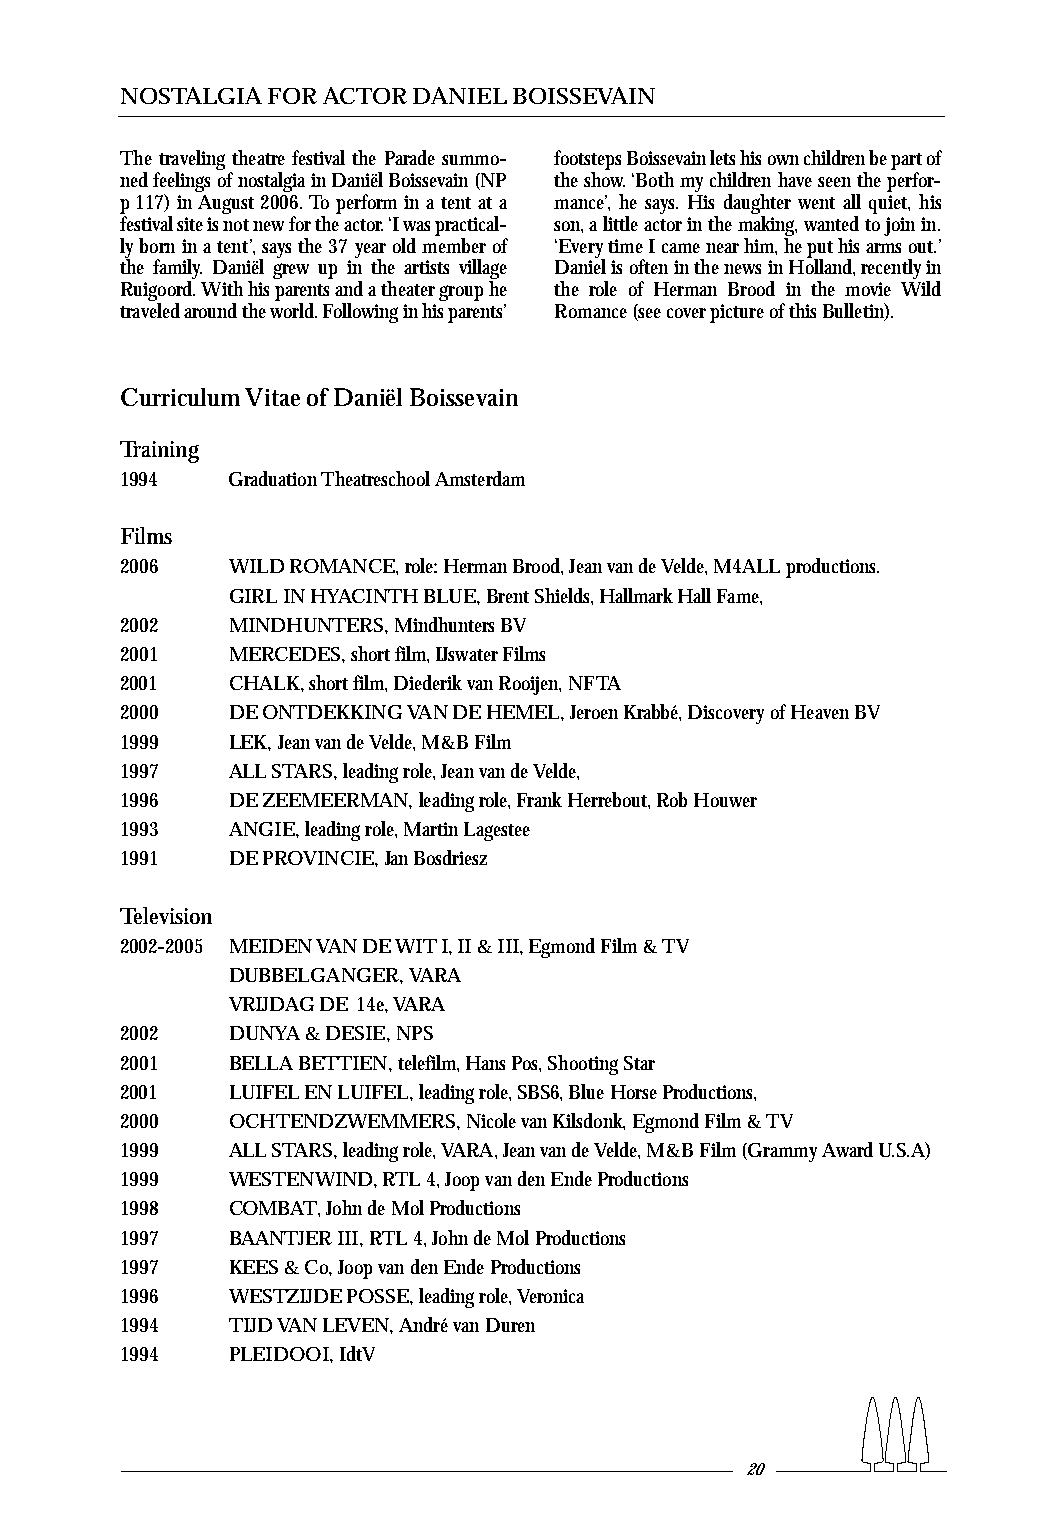
NOSTALGIA FOR ACTOR DANIEL BOISSEVAIN
 The traveling theatre festival the Parade summo- footsteps Boissevain lets his own children be part of
 ned feelings of nostalgia in Daniël Boissevain (NP the show.‘Both my children have seen the perfor-
 p 117) in August 2006.To perform in a tent at a mance’, he says. His daughter went all quiet, his
 festival site is not new for the actor.‘I was practical- son,a little actor in the making,wanted to join in.
 ly born in a tent’,says the 37 year old member of ‘Every time I came near him,he put his arms out.’
 the family. Daniël grew up in the artists village Daniel is often in the news in Holland,recently in
 Ruigoord.With his parents and a theater group he the role of Herman Brood in the movie Wild
 traveled around the world.Following in his parents’ Romance (see cover picture of this Bulletin).
 Curriculum Vitae of Daniël Boissevain
 Training
 1994   Graduation Theatreschool Amsterdam
 Films
 2006   WILD ROMANCE,role:Herman Brood,Jean van de Velde,M4ALL productions.
 GIRL IN HYACINTH BLUE,Brent Shields,Hallmark Hall Fame,
 2002   MINDHUNTERS,Mindhunters BV
 2001   MERCEDES,short film,IJswater Films
 2001   CHALK,short film,Diederik van Rooijen,NFTA
 2000   DE ONTDEKKING VAN DE HEMEL,Jeroen Krabbé,Discovery of Heaven BV
 1999   LEK,Jean van de Velde,M&B Film
 1997   ALL STARS,leading role,Jean van de Velde,
 1996   DE ZEEMEERMAN,leading role,Frank Herrebout,Rob Houwer
 1993   ANGIE,leading role,Martin Lagestee
 1991   DE PROVINCIE,Jan Bosdriesz
 Television
 2002-2005 MEIDEN VAN DE WIT I,II & III,Egmond Film & TV
 DUBBELGANGER,VARA
 VRIJDAG DE 14e,VARA
 2002   DUNYA & DESIE,NPS
 2001   BELLA BETTIEN,telefilm,Hans Pos,Shooting Star
 2001   LUIFEL EN LUIFEL,leading role,SBS6,Blue Horse Productions,
 2000   OCHTENDZWEMMERS,Nicole van Kilsdonk,Egmond Film & TV
 1999   ALL STARS,leading role,VARA,Jean van de Velde,M&B Film (Grammy Award U.S.A)
 1999   WESTENWIND,RTL 4,Joop van den Ende Productions
 1998   COMBAT,John de Mol Productions
 1997   BAANTJER III,RTL 4,John de Mol Productions
 1997   KEES & Co,Joop van den Ende Productions
 1996   WESTZIJDE POSSE,leading role,Veronica
 1994   TIJD VAN LEVEN,André van Duren
 1994   PLEIDOOI,IdtV
 20